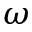
\omega